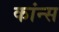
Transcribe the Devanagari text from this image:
कांन्स